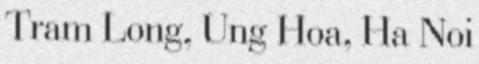
Tram Long, Ung Hoa, Ha Noi